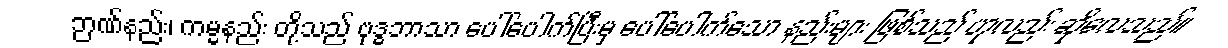
ဉာဏ်နည်း၊ ကမ္မနည်း တို့သည် ဗုဒ္ဓဘာသာ ပေါ်ပေါက်ပြီးမှ ပေါ်ပေါက်သော နည်းများ ဖြစ်သည် ဟုလည်း ဆိုလေသည်။